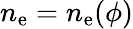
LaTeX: n_{\mathrm{e}}=n_{\mathrm{e}}(\phi)